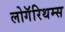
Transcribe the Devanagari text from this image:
लोगॅरिथम्स